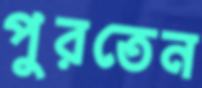
পুরতেন